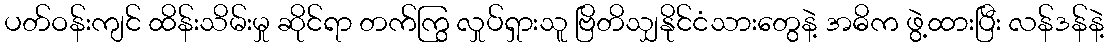
ပတ်ဝန်းကျင် ထိန်းသိမ်းမှု ဆိုင်ရာ တက်ကြွ လှုပ်ရှားသူ ဗြိတိသျှနိုင်ငံသားတွေနဲ့ အဓိက ဖွဲ့ထားပြီး လန်ဒန်နဲ့